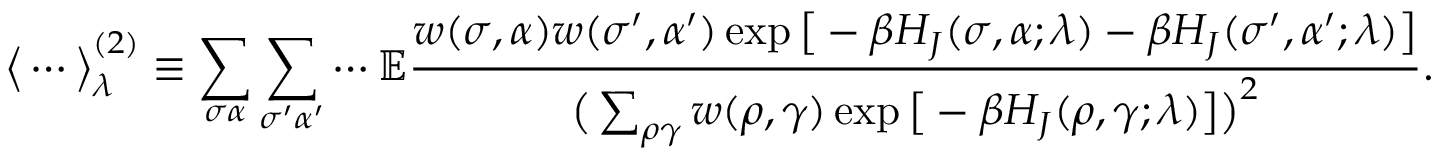
\big < \cdots \big > _ { \lambda } ^ { ( 2 ) } \equiv \sum _ { \sigma \alpha } \sum _ { \sigma ^ { \prime } \alpha ^ { \prime } } \cdots \mathbb { E } \frac { w ( \sigma , \alpha ) w ( \sigma ^ { \prime } , \alpha ^ { \prime } ) \exp { \big [ - \beta H _ { J } ( \sigma , \alpha ; \lambda ) - \beta H _ { J } ( \sigma ^ { \prime } , \alpha ^ { \prime } ; \lambda ) \big ] } } { \big ( \sum _ { \rho \gamma } w ( \rho , \gamma ) \exp { \big [ - \beta H _ { J } ( \rho , \gamma ; \lambda ) \big ] } \big ) ^ { 2 } } .